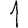
Digit: 1